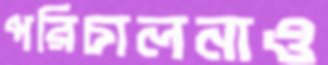
পরিচালনাও